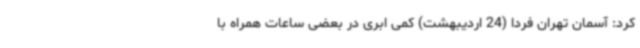
کرد: آسمان تهران فردا (24 اردیبهشت) کمی ابری در بعضی ساعات همراه با